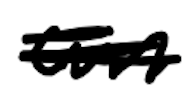
Text: an
Cross-out: scratch
Writing tool: digital_black